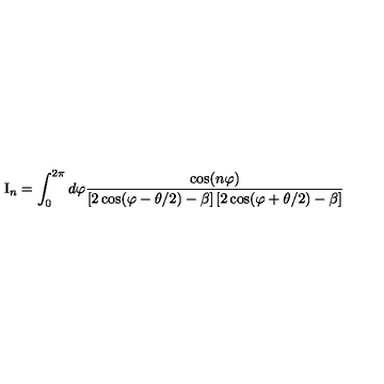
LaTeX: \mathrm { I } _ { n } = \int _ { 0 } ^ { 2 \pi } d \varphi \frac { \cos ( n \varphi ) } { \left[ 2 \cos ( \varphi - \theta / 2 ) - \beta \right] \left[ 2 \cos ( \varphi + \theta / 2 ) - \beta \right] }